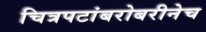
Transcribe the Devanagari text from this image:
चित्रपटांबरोबरीनेच